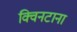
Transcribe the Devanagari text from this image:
क्विनटाना